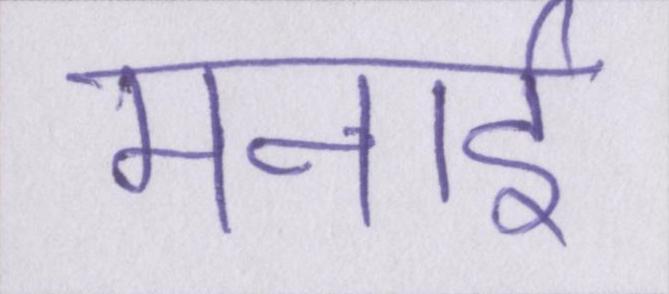
मनाई